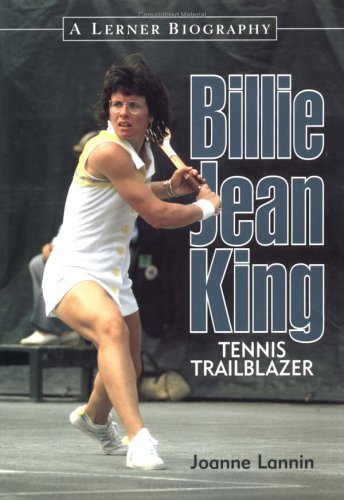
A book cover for Billie Jean King : Tennis Trailblazer (Lerner Biographies); Joanne Lannin; Children's Books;